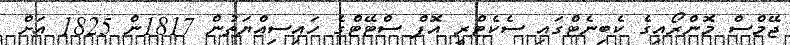
ޖޭމްސް މޮންރޯއިގެ ކެބިނެޓްގައި ސެކެޓްރީ އޮފް ސްޓޭޓްގެ ހައިސިއްޔަތުން 1817ން 1825 އަށް